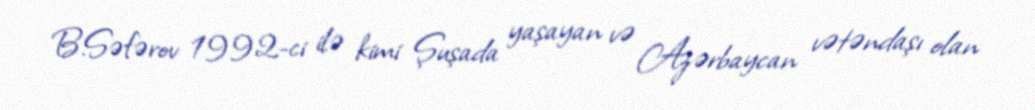
B.Səfərov 1992-ci ilə kimi Şuşada yaşayan və Azərbaycan vətəndaşı olan